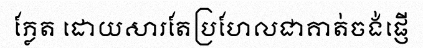
ភ្លែត ដោយសារតែប្រហែលជាគាត់ចង់ផ្ញើ